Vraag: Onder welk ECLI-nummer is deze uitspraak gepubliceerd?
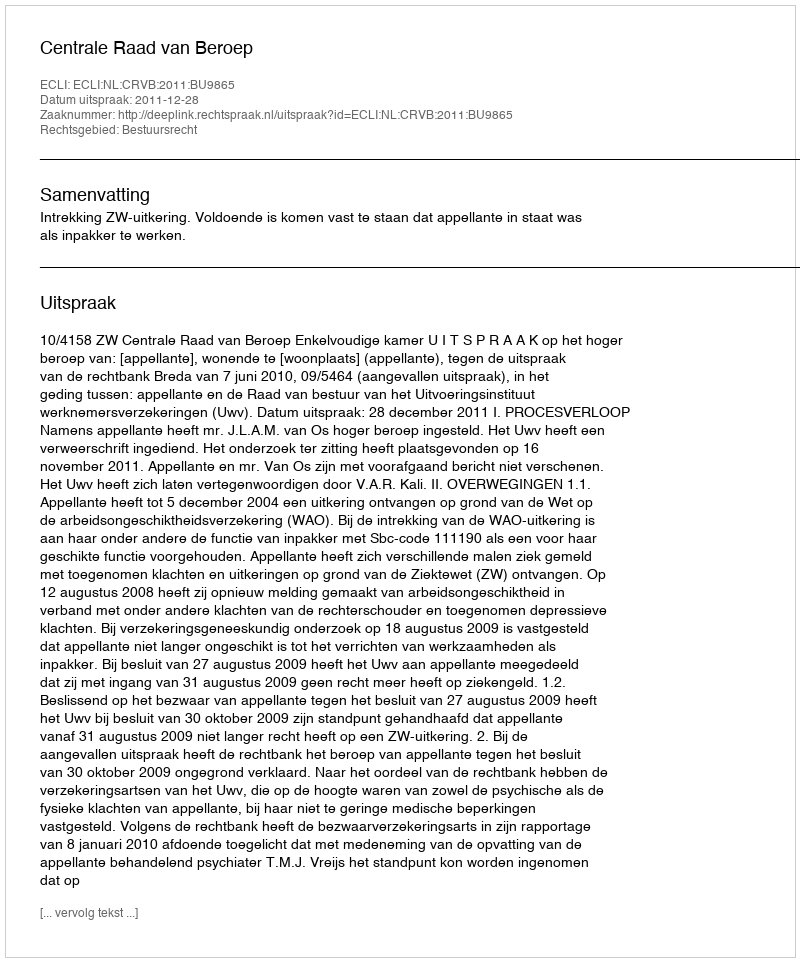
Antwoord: ECLI:NL:CRVB:2011:BU9865